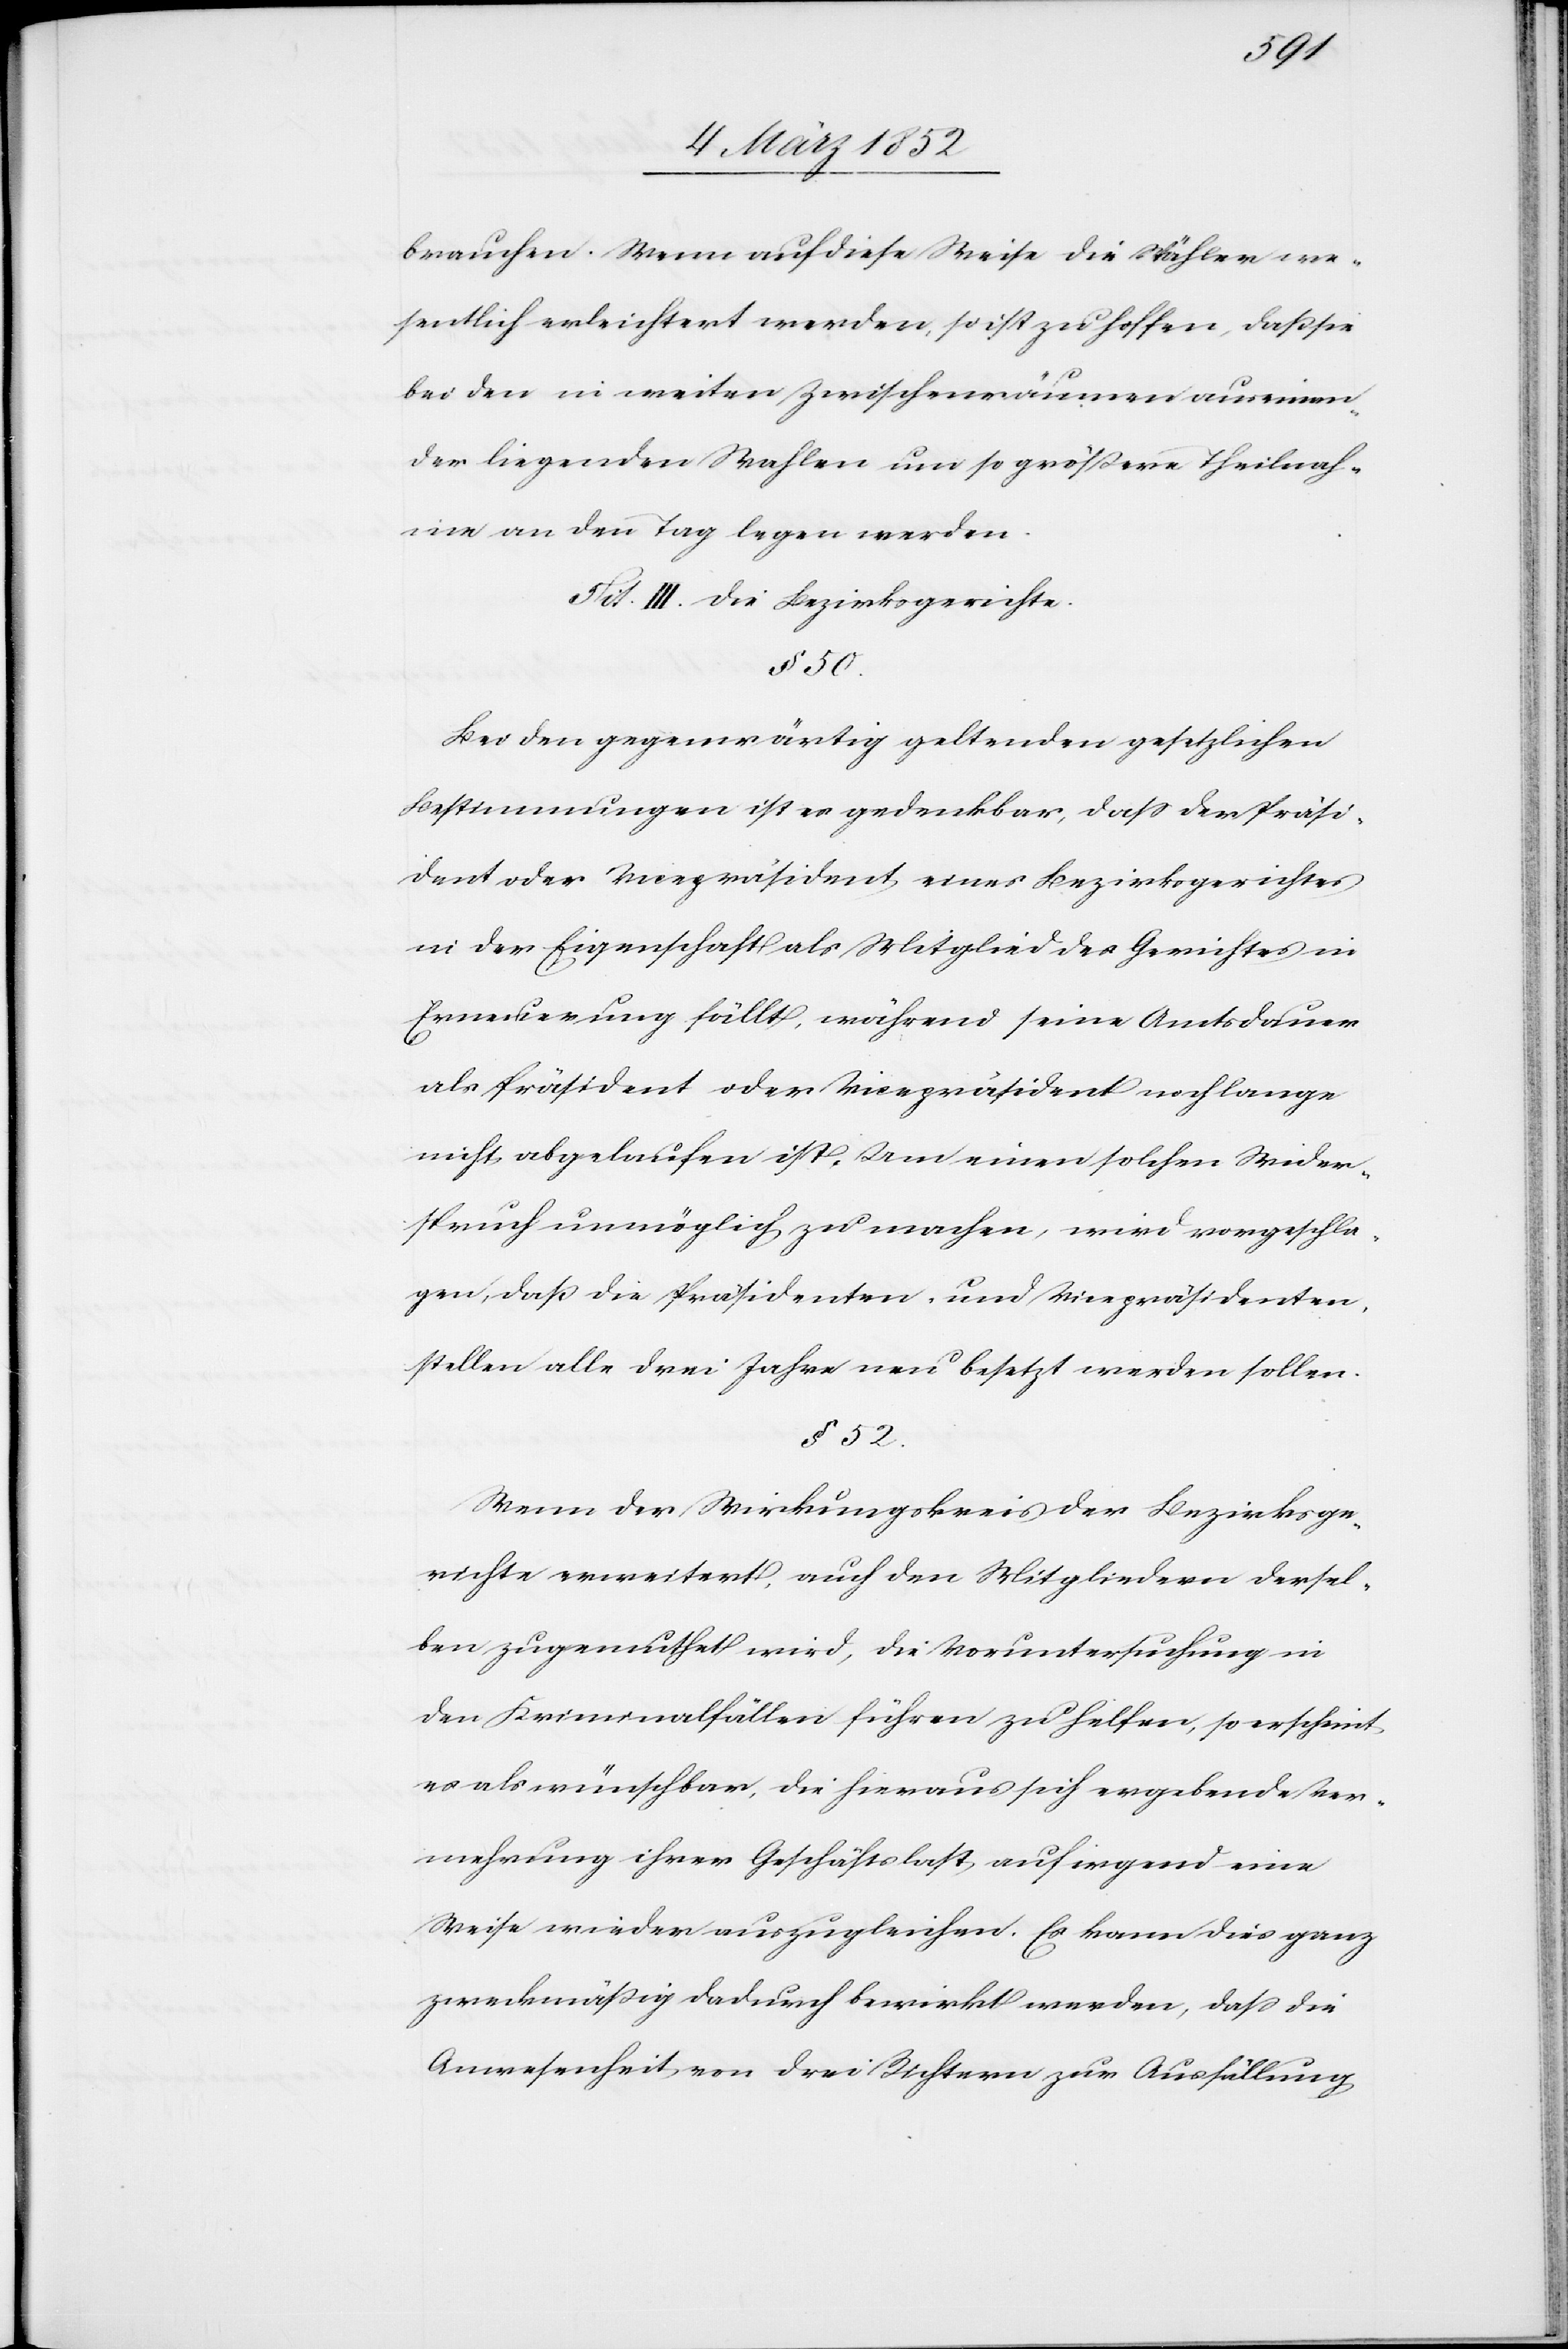
brauchen. Wenn auf diese Weise die Wähler we¬
sentlich erleichtert werden, so ist zu hoffen, daß sie
bei den in weiten Zwischenräumen auseinan¬
der liegenden Wahlen um so größere Theilnah¬
me an den Tag legen werden.
Tit. III Die Bezirksgerichte.
§ 50.
Bei den gegenwärtig geltenden gesetzlichen
Bestimmungen ist es gedenkbar, daß der Präsi¬
dent oder Vicepräsident eines Bezirksgerichtes
in der Eigenschaft als Mitglied des Gerichtes in
Erneuerung fällt, während seine Amtsdauer
als Präsident oder Vicepräsident noch lange
nicht abgelaufen ist, um einen solchen Wider¬
spruch unmöglich zu machen, wird vorgeschla¬
gen, daß die Präsidenten und Vicepräsidenten¬
stellen alle drei Jahre neu besetzt werden sollen.
§ 52.
Wenn der Wirkungskreis der Bezirksge¬
richte erweitert, auch den Mitgliedern dersel¬
ben zugemuthet wird, die Voruntersuchung in
den Kriminalfällen führen zu helfen, so erscheint
es als wünschbar, die hieraus sich ergebende Ver¬
nehmung ihrer Geschäftslast auf irgend eine
Weise wieder auszugleichen. Es kann dies ganz
zweckmäßig dadurch bewirkt werden, daß die
Anwesenheit von drei Richtern zur Ausfällung